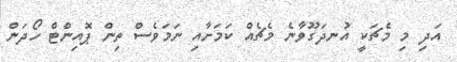
އަދި މި މެޗަކީ އުނދަގޫވާނެ މެޗެއް ކަމަށާއި ނަމަވެސް ތިން ޕޮއިންޓް ހޯދަން